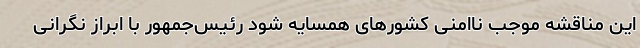
این مناقشه موجب ناامنی کشورهای همسایه شود رئیس‌جمهور با ابراز نگرانی